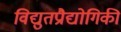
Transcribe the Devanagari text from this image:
विद्युतप्रौद्योगिकी